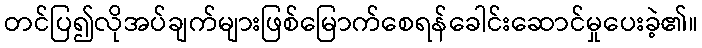
တင်ပြ၍လိုအပ်ချက်များဖြစ်မြောက်စေရန်ခေါင်းဆောင်မှုပေးခဲ့၏။